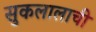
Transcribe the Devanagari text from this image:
सुकलालाची